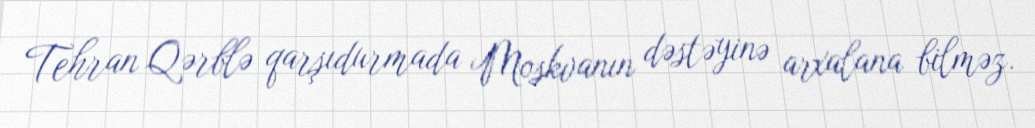
Tehran Qərblə qarşıdurmada Moskvanın dəstəyinə arxalana bilməz.